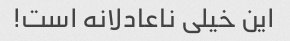
این خیلی ناعادلانه است!